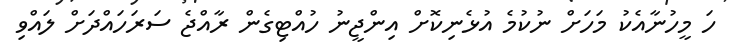
ހަ މީހުނާއެކު މަހަށް ނުކުމެ އުޅެނިކޮށް އިންޖީނު ހުއްޓިގެން ރާއްޖެ ސަރަހައްދަށް ލައްވި